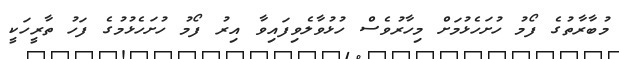
މުބާރާތުގެ ފޯމު ހުށަހެޅުމަށް މިހާރުވެސް ހުޅުވާލެވިފައިވާ އިރު ފޯމު ހުށަހެޅުމުގެ ފަހު ތާރީހަކީ